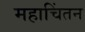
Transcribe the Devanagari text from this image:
महाचिंतन